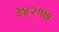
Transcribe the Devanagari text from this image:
३४२१७